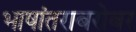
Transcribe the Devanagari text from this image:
भाषांतराबरोबर